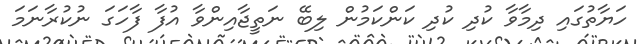
ހަޔާތުގައި ދިމާވާ ކުދި ކުދި ކަންކަމުން ލިބޭ ނަތީޖާއިންވާ އުފާ ފާހަގަ ނުކުރާނަމަ